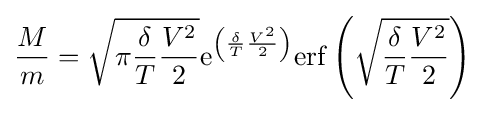
{\frac {M}{m}}={\sqrt {\pi {\frac {\delta }{T}}{\frac {V^{2}}{2}}}}\mathrm {e} ^{\left({\frac {\delta }{T}}{\frac {V^{2}}{2}}\right)}\mathrm {erf} \left({\sqrt {{\frac {\delta }{T}}{\frac {V^{2}}{2}}}}\right)